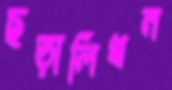
ছড়ালিখন